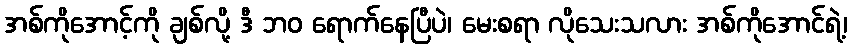
အစ်ကိုအောင့်ကို ချစ်လို့ ဒီ ဘဝ ရောက်နေပြီပဲ၊ မေးစရာ လိုသေးသလား အစ်ကိုအောင်ရဲ့၊